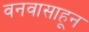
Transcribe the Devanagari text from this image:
वनवासाहून